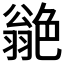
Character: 𦫫